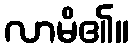
လာမိ၏။